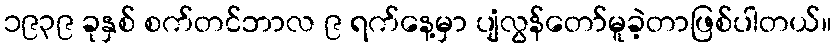
၁၉၃၉ ခုနှစ် စက်တင်ဘာလ ၉ ရက်နေ့မှာ ပျံလွန်တော်မူခဲ့တာဖြစ်ပါတယ်။